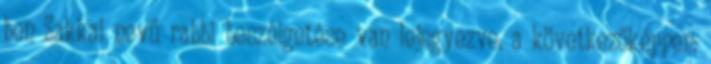
ben Zakkai nevű rabbi beszélgetése van lejegyezve, a következőképpen: